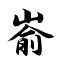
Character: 嵛